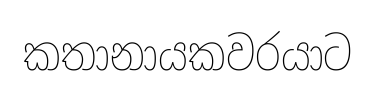
කතානායකවරයාට